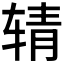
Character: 𰺉